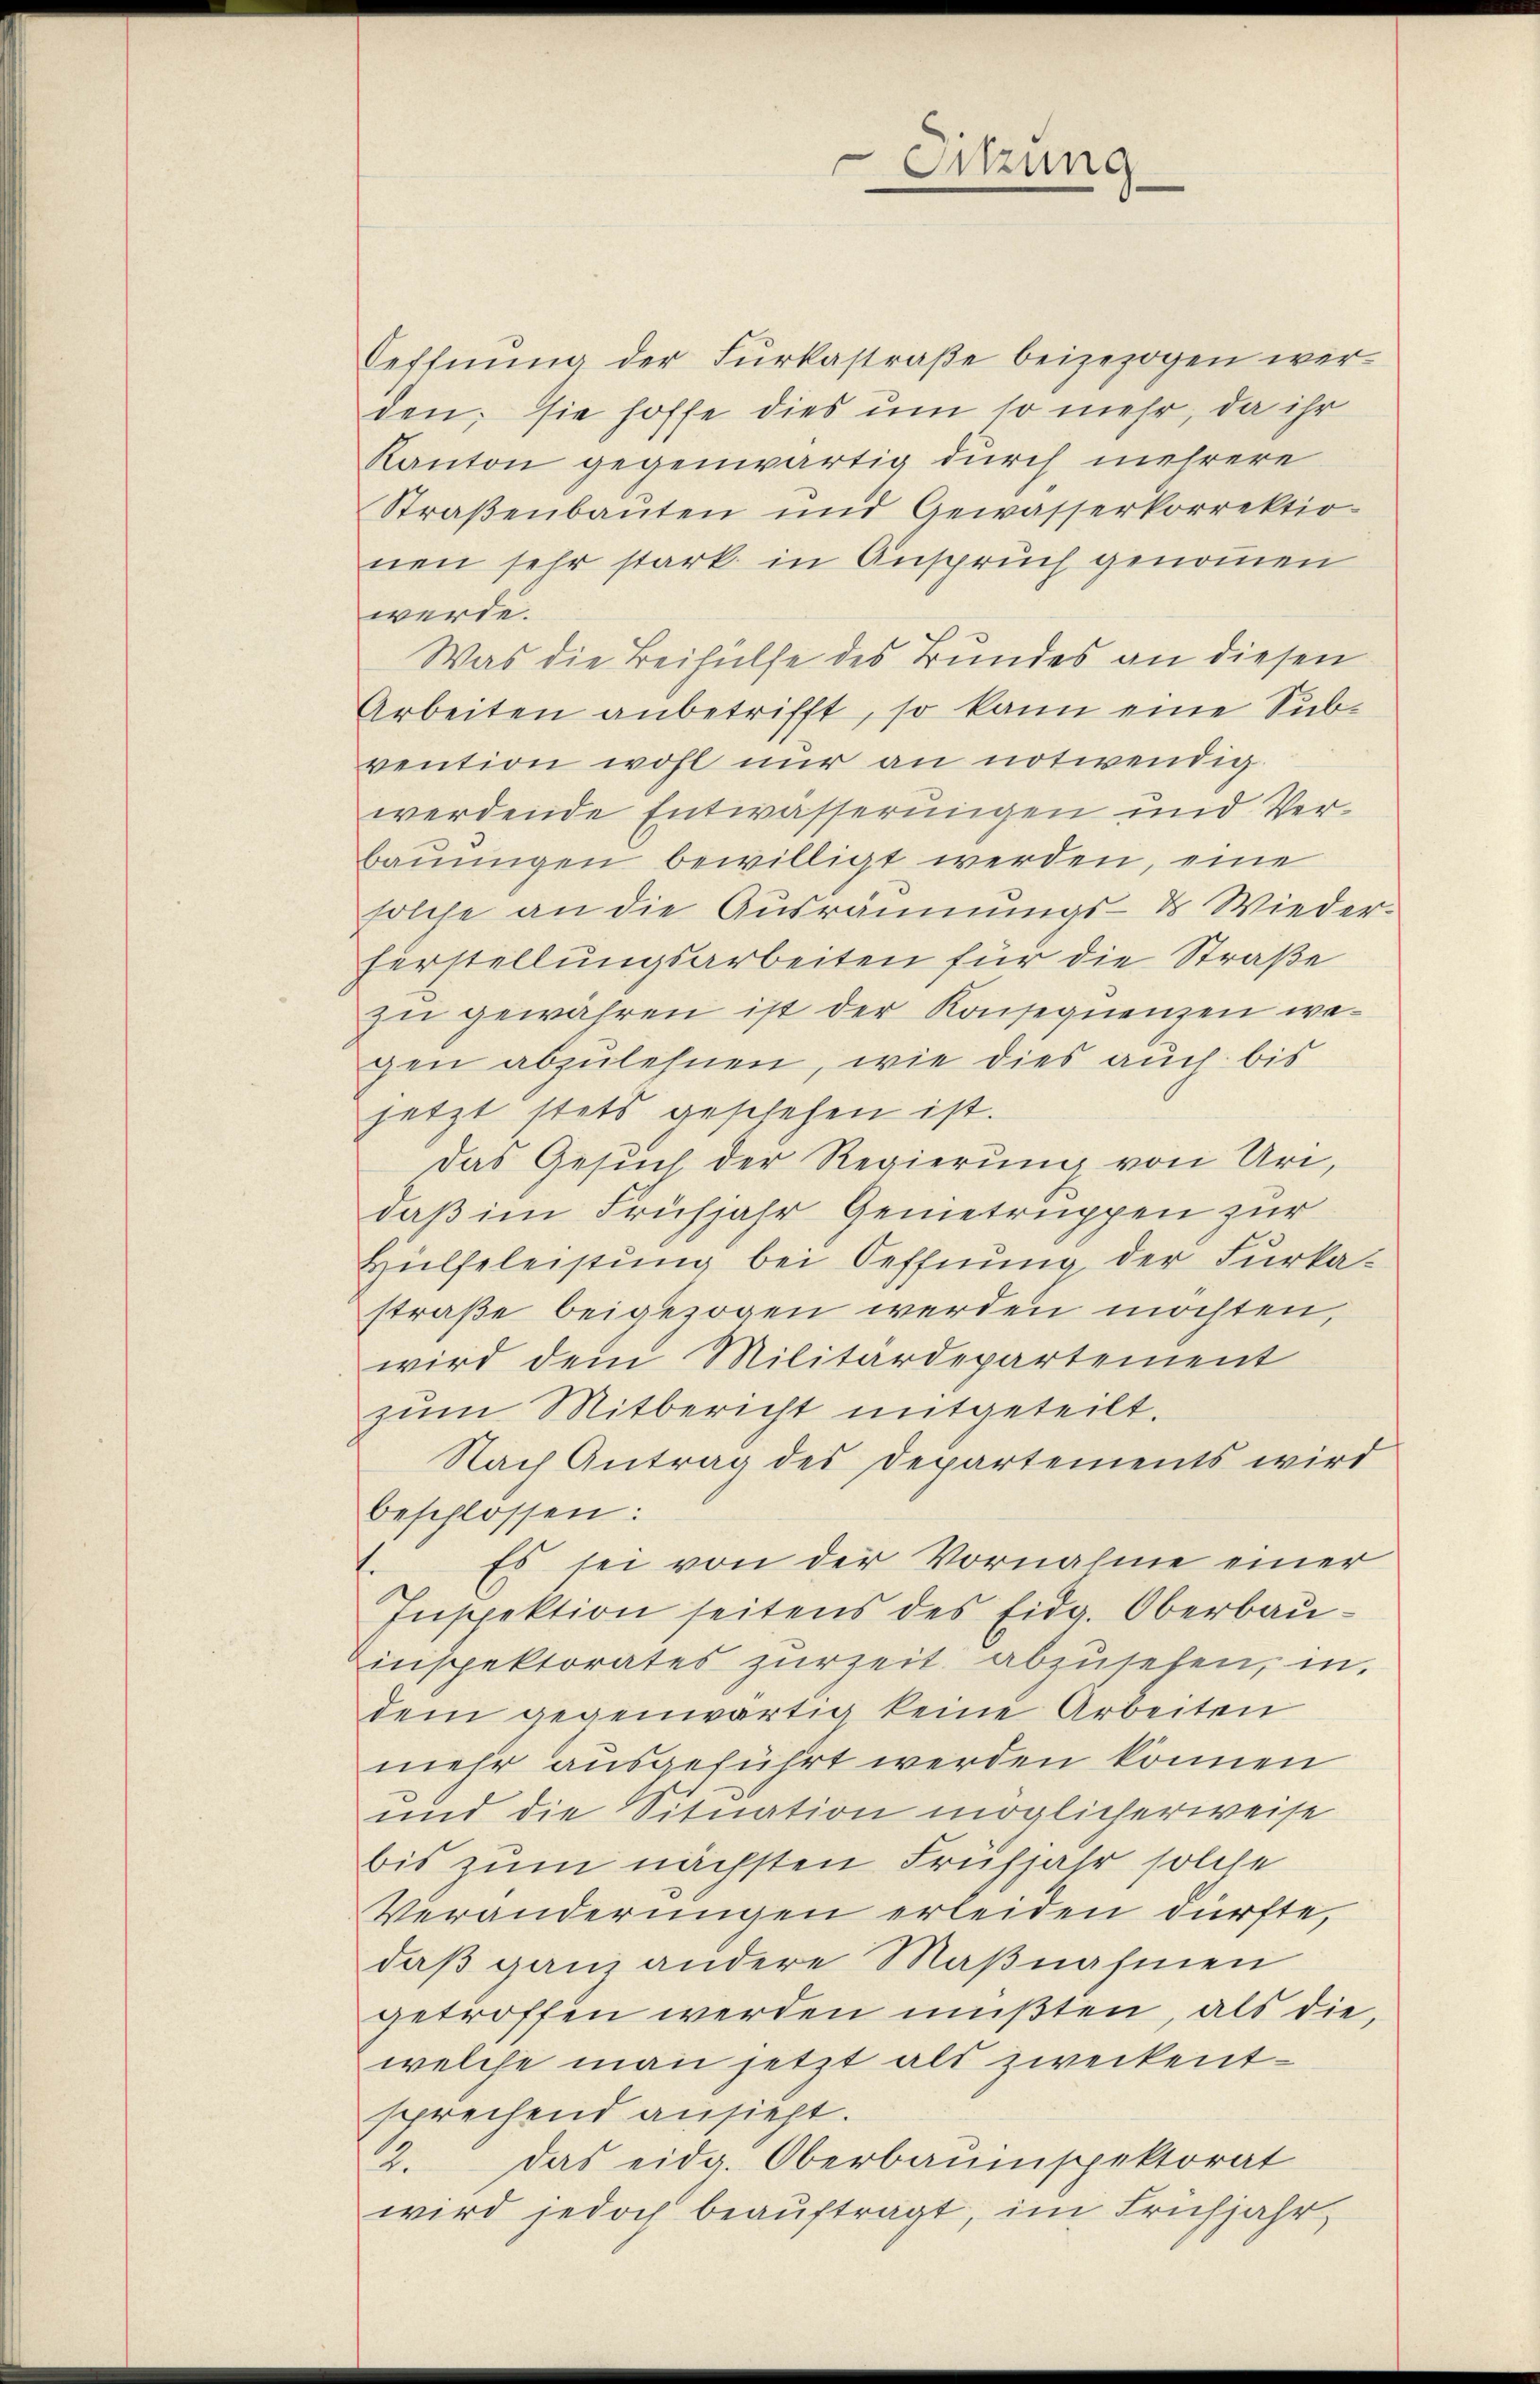
Oeffnung der Furkastraße beigezogen werden; sie hoffe dies um so mehr, da ihr
Kanton gegenwärtig durch mehrere
Straßenbauten und Gewässerkorrektio
nen sehr stark in Anspruch genommen
werde.
Was die Beihülfe des Bundes an diesen
Arbeiten anbetrifft, so kann eine Subvention wohl nur an notwendigwerdende Entwässerungen und Verbauungen bewilligt werden, eine
solche an die Ausräumungs- Wiederferstellungsarbeiten für die Straße
zu gewähren ist der Konsequenzen wegen abzulehnen, wie dies auch bis
jetzt stets geschehen ist.
Das Gesuch der Regierung von Uri,
daß im Frühjahr Genietruppen zur
Hülfeleistung bei Oeffnung der Furka-
straße beigezogen werden möchten,
wird dem Militärdepartement
zŭm Mitbericht mitgeteilt.
Nach Antrag des Departements wird
beschlossen:
Es sei von der Vornahme einer
.
Inspektion seitens des Eidg. Oberbauinspektorates zurzeit abzusehen, in
dem gegenwärtig keine Arbeiten
mehr ausgeführt werden können
und die Situation möglicherweise
bis zum nächsten Frühjahr solche
Veränderungen erleiden dürfte,
daß ganz andere Maßnahmen
getroffen werden müßten, als die
welche man jetzt als zweckentsprechend ansieht.
2. das eidg. Oberbauinspektorat
wird jedoch beauftragt, im Frühjahr

Sitzung